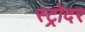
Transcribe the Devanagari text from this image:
स्ट्रोदर